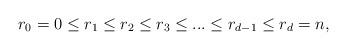
LaTeX: \begin{align*} r_0=0\leq r_1 \leq r_2\leq r_3\leq ...\leq r_{d-1}\leq r_d=n,\end{align*}